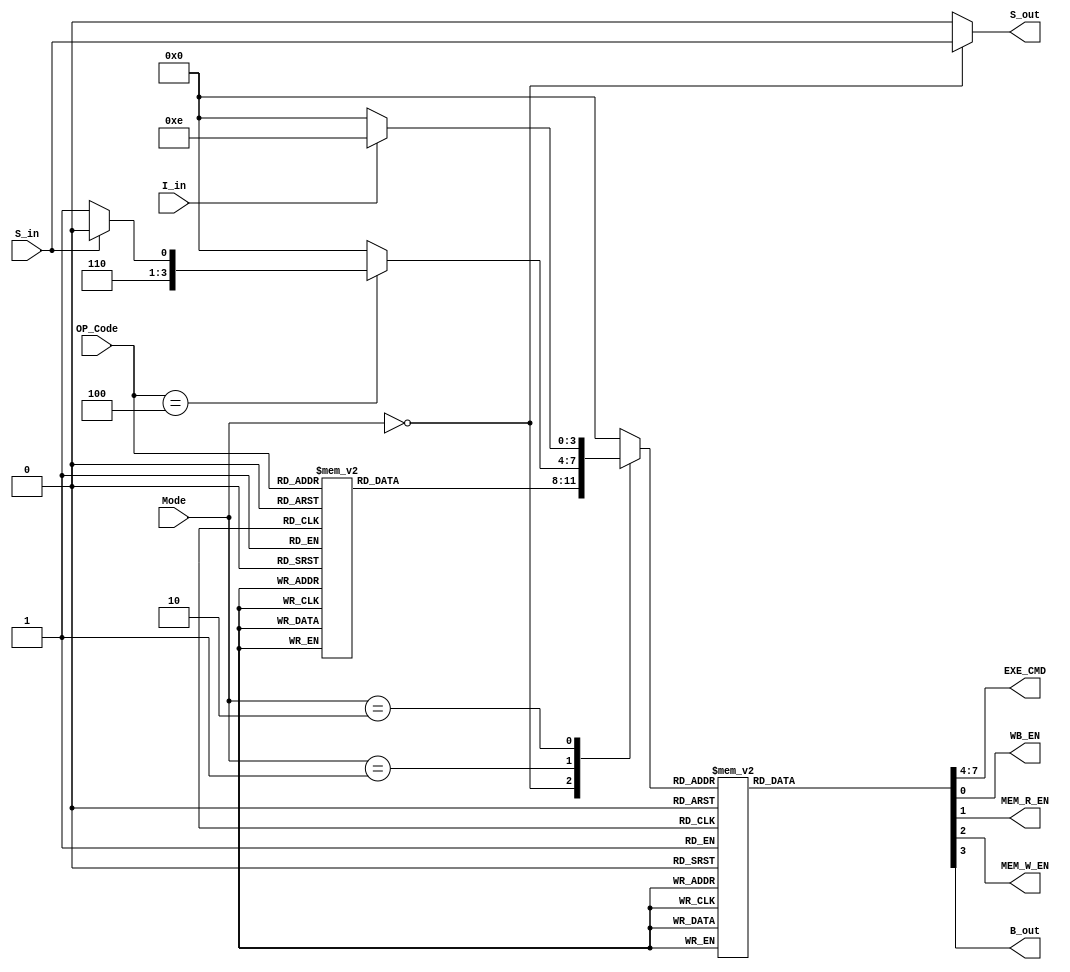
module ControlUnit (
    input [3:0] OP_Code,
    input [1:0] Mode,
    input S_in,
    I_in,
    output reg [3:0] EXE_CMD,
    output reg WB_EN,
    MEM_R_EN,
    MEM_W_EN,
    B_out,
    S_out
);
  // Operations
  parameter [3:0] NOP = 4'd0, MOV = 4'd1, MVN = 4'd2, ADD = 4'd3, ADC = 4'd4, SUB = 4'd5, SBC = 4'd6,
                    AND = 4'd7, ORR = 4'd8, EOR = 4'd9, CMP = 4'd10, TST = 4'd11, LDR = 4'd12, STR = 4'd13, B = 4'd14;

  reg [3:0] operation;
  always @(Mode, OP_Code, S_in, I_in) begin
    operation = NOP;
    S_out = 1'b0;
    case (Mode)
      2'b00: begin
        S_out = S_in;
        case (OP_Code)
          4'b1101: operation = MOV;
          4'b1111: operation = MVN;
          4'b0100: operation = ADD;
          4'b0101: operation = ADC;
          4'b0010: operation = SUB;
          4'b0110: operation = SBC;
          4'b0000: operation = AND;
          4'b1100: operation = ORR;
          4'b0001: operation = EOR;
          4'b1010: operation = CMP;
          4'b1000: operation = TST;
          default: operation = NOP;
        endcase
      end
      2'b01: begin
        case (OP_Code)
          4'b0100: begin
            if (S_in) operation = LDR;
            else operation = STR;
          end
          default: operation = NOP;
        endcase
      end
      2'b10: begin
        if (I_in) operation = B;
        else operation = NOP;
      end
      default: operation = NOP;
    endcase
  end

  always @(operation, S_in) begin
    EXE_CMD = 4'd0;
    WB_EN = 1'b0;
    MEM_R_EN = 1'b0;
    MEM_W_EN = 1'b0;
    B_out = 1'b0;
    case (operation)
      NOP: begin
        EXE_CMD = 4'b0110;
      end
      MOV: begin
        EXE_CMD = 4'b0001;
        WB_EN   = 1'b1;

      end
      MVN: begin
        EXE_CMD = 4'b1001;
        WB_EN   = 1'b1;
      end
      ADD: begin
        EXE_CMD = 4'b0010;
        WB_EN   = 1'b1;
      end
      ADC: begin
        EXE_CMD = 4'b0011;
        WB_EN   = 1'b1;
      end
      SUB: begin
        EXE_CMD = 4'b0100;
        WB_EN   = 1'b1;
      end
      SBC: begin
        EXE_CMD = 4'b0101;
        WB_EN   = 1'b1;
      end
      AND: begin
        EXE_CMD = 4'b0110;
        WB_EN   = 1'b1;
      end
      ORR: begin
        EXE_CMD = 4'b0111;
        WB_EN   = 1'b1;
      end
      EOR: begin
        EXE_CMD = 4'b1000;
        WB_EN   = 1'b1;
      end
      CMP: begin
        EXE_CMD = 4'b0100;
      end
      TST: begin
        EXE_CMD = 4'b0110;
      end
      LDR: begin
        EXE_CMD = 4'b0010;
        MEM_R_EN = 1'b1;
        WB_EN = 1'b1;
      end
      STR: begin
        EXE_CMD  = 4'b0010;
        MEM_W_EN = 1'b1;
      end
      B: begin
        B_out = 1'b1;
      end
    endcase
  end

endmodule